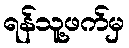
ရန်သူ့ဖက်မှ